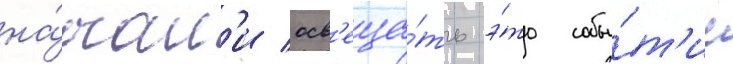
на́чал'и осв'еща́ть э́то собы́т'ие